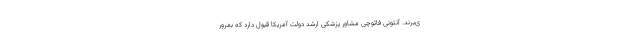
ی‌برند. آنتونی فائوچی مشاور پزشکی ارشد دولت آمریکا قبول دارد که بمرور